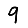
Digit: 9